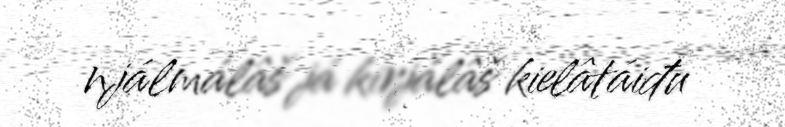
njálmálâš já kirjálâš kielâtáiđu